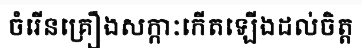
ចំរើនគ្រឿងសក្កាៈកើតឡើងដល់ចិត្ត